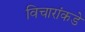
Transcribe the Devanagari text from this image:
विचारांकडे